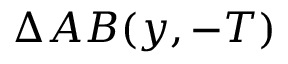
\Delta A B ( y , - T )